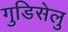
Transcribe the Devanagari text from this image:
गुडिसेलु